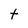
Character: t